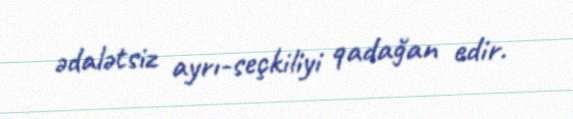
ədalətsiz ayrı-seçkiliyi qadağan edir.